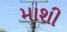
માશી